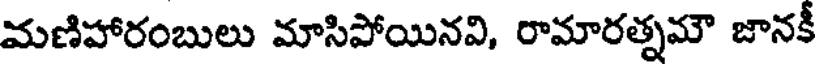
మణిహారంబులు మాసిపోయినవి, రామారత్నమౌ జానకీ